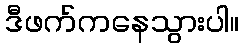
ဒီဖက်ကနေသွားပါ။